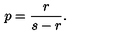
\displaystyle p = \frac { r } { s - r } .